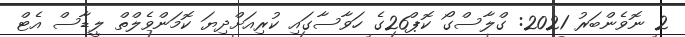
2 ނޮވެންބަރު 2021: ގްލާސްގޯ ކޮޕް26ގެ ހަވާސާގައި ކުރިއަށްދިޔަ ކޮމަންވެލްތް ލީޑާސް އެޓް